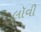
લૉવી